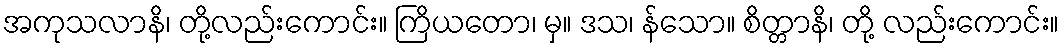
အကုသလာနိ၊ တို့လည်းကောင်း။ ကြိယတော၊ မှ။ ဒသ၊ န်သော။ စိတ္တာနိ၊ တို့ လည်းကောင်း။